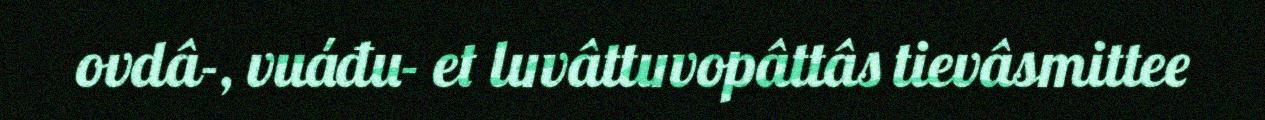
ovdâ-, vuáđu- et luvâttuvopâttâs tievâsmittee